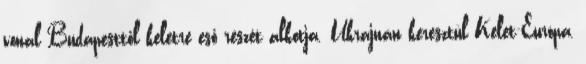
vonal Budapesttől keletre eső részét alkotja. Ukrajnán keresztül Kelet-Európa,